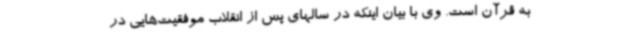
به قرآن است. وی با بیان اینکه در سالهای پس از انقلاب موفقیت‌هایی در